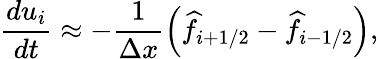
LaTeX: \frac{du_{i}}{dt}\approx-\frac{1}{\Delta x}\left(\widehat{f}_{i+1/2}-\widehat{f}_{i-1/2}\right),